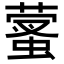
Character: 𦻩